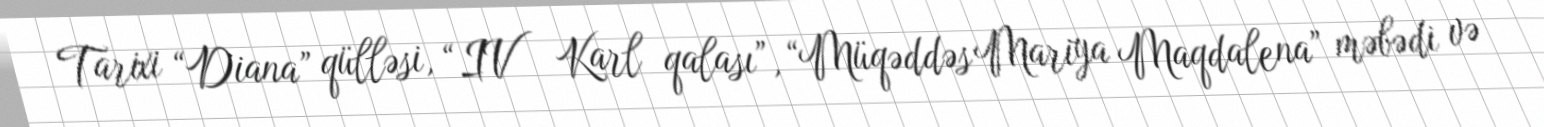
Tarixi “Diana” qülləsi, “IV Karl qalası”, “Müqəddəs Mariya Maqdalena” məbədi və